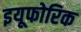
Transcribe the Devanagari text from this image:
इयूफोरिक